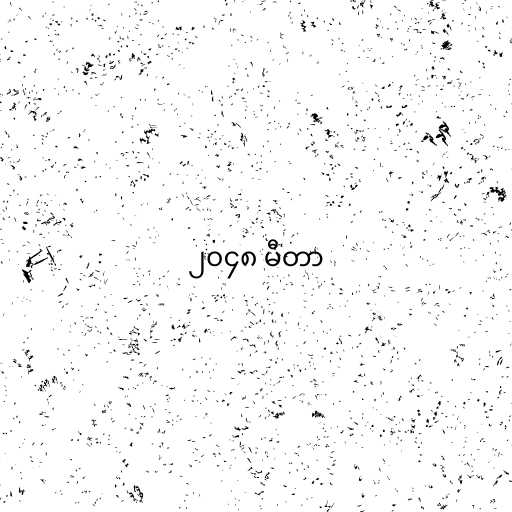
၂၀၄၈ မီတာ